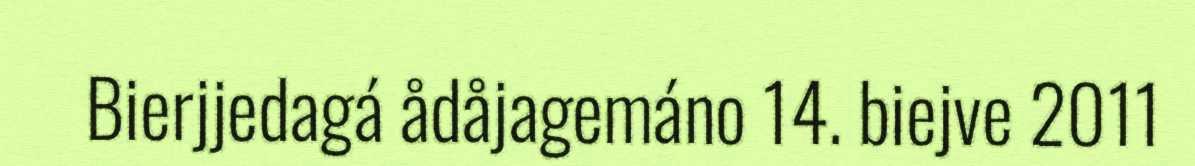
Bierjjedagá ådåjagemáno 14. biejve 2011